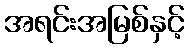
အရင်းအမြစ်နှင့်